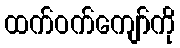
ထက်ဝက်ကျော်ကို